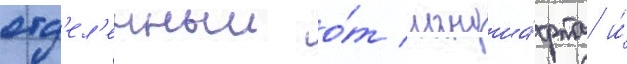
отд'ел'енныи о́т ландша́фта и́